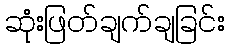
ဆုံးဖြတ်ချက်ချခြင်း